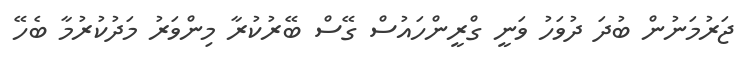
ޖަރުމަނުން ބުދަ ދުވަހު ވަނީ ގްރީންހައުސް ގޭސް ބޭރުކުރާ މިންވަރު މަދުކުރުމާ ބެހޭ